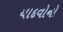
યાદવોનો